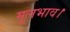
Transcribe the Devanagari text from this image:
मूलभाव।